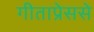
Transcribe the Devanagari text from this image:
गीताप्रेससे